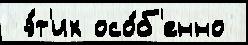
 э́т'их осо́б'енно